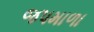
જપમાળા